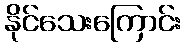
နိုင်သေးကြောင်း